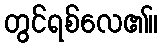
တွင်ရစ်လေ၏။